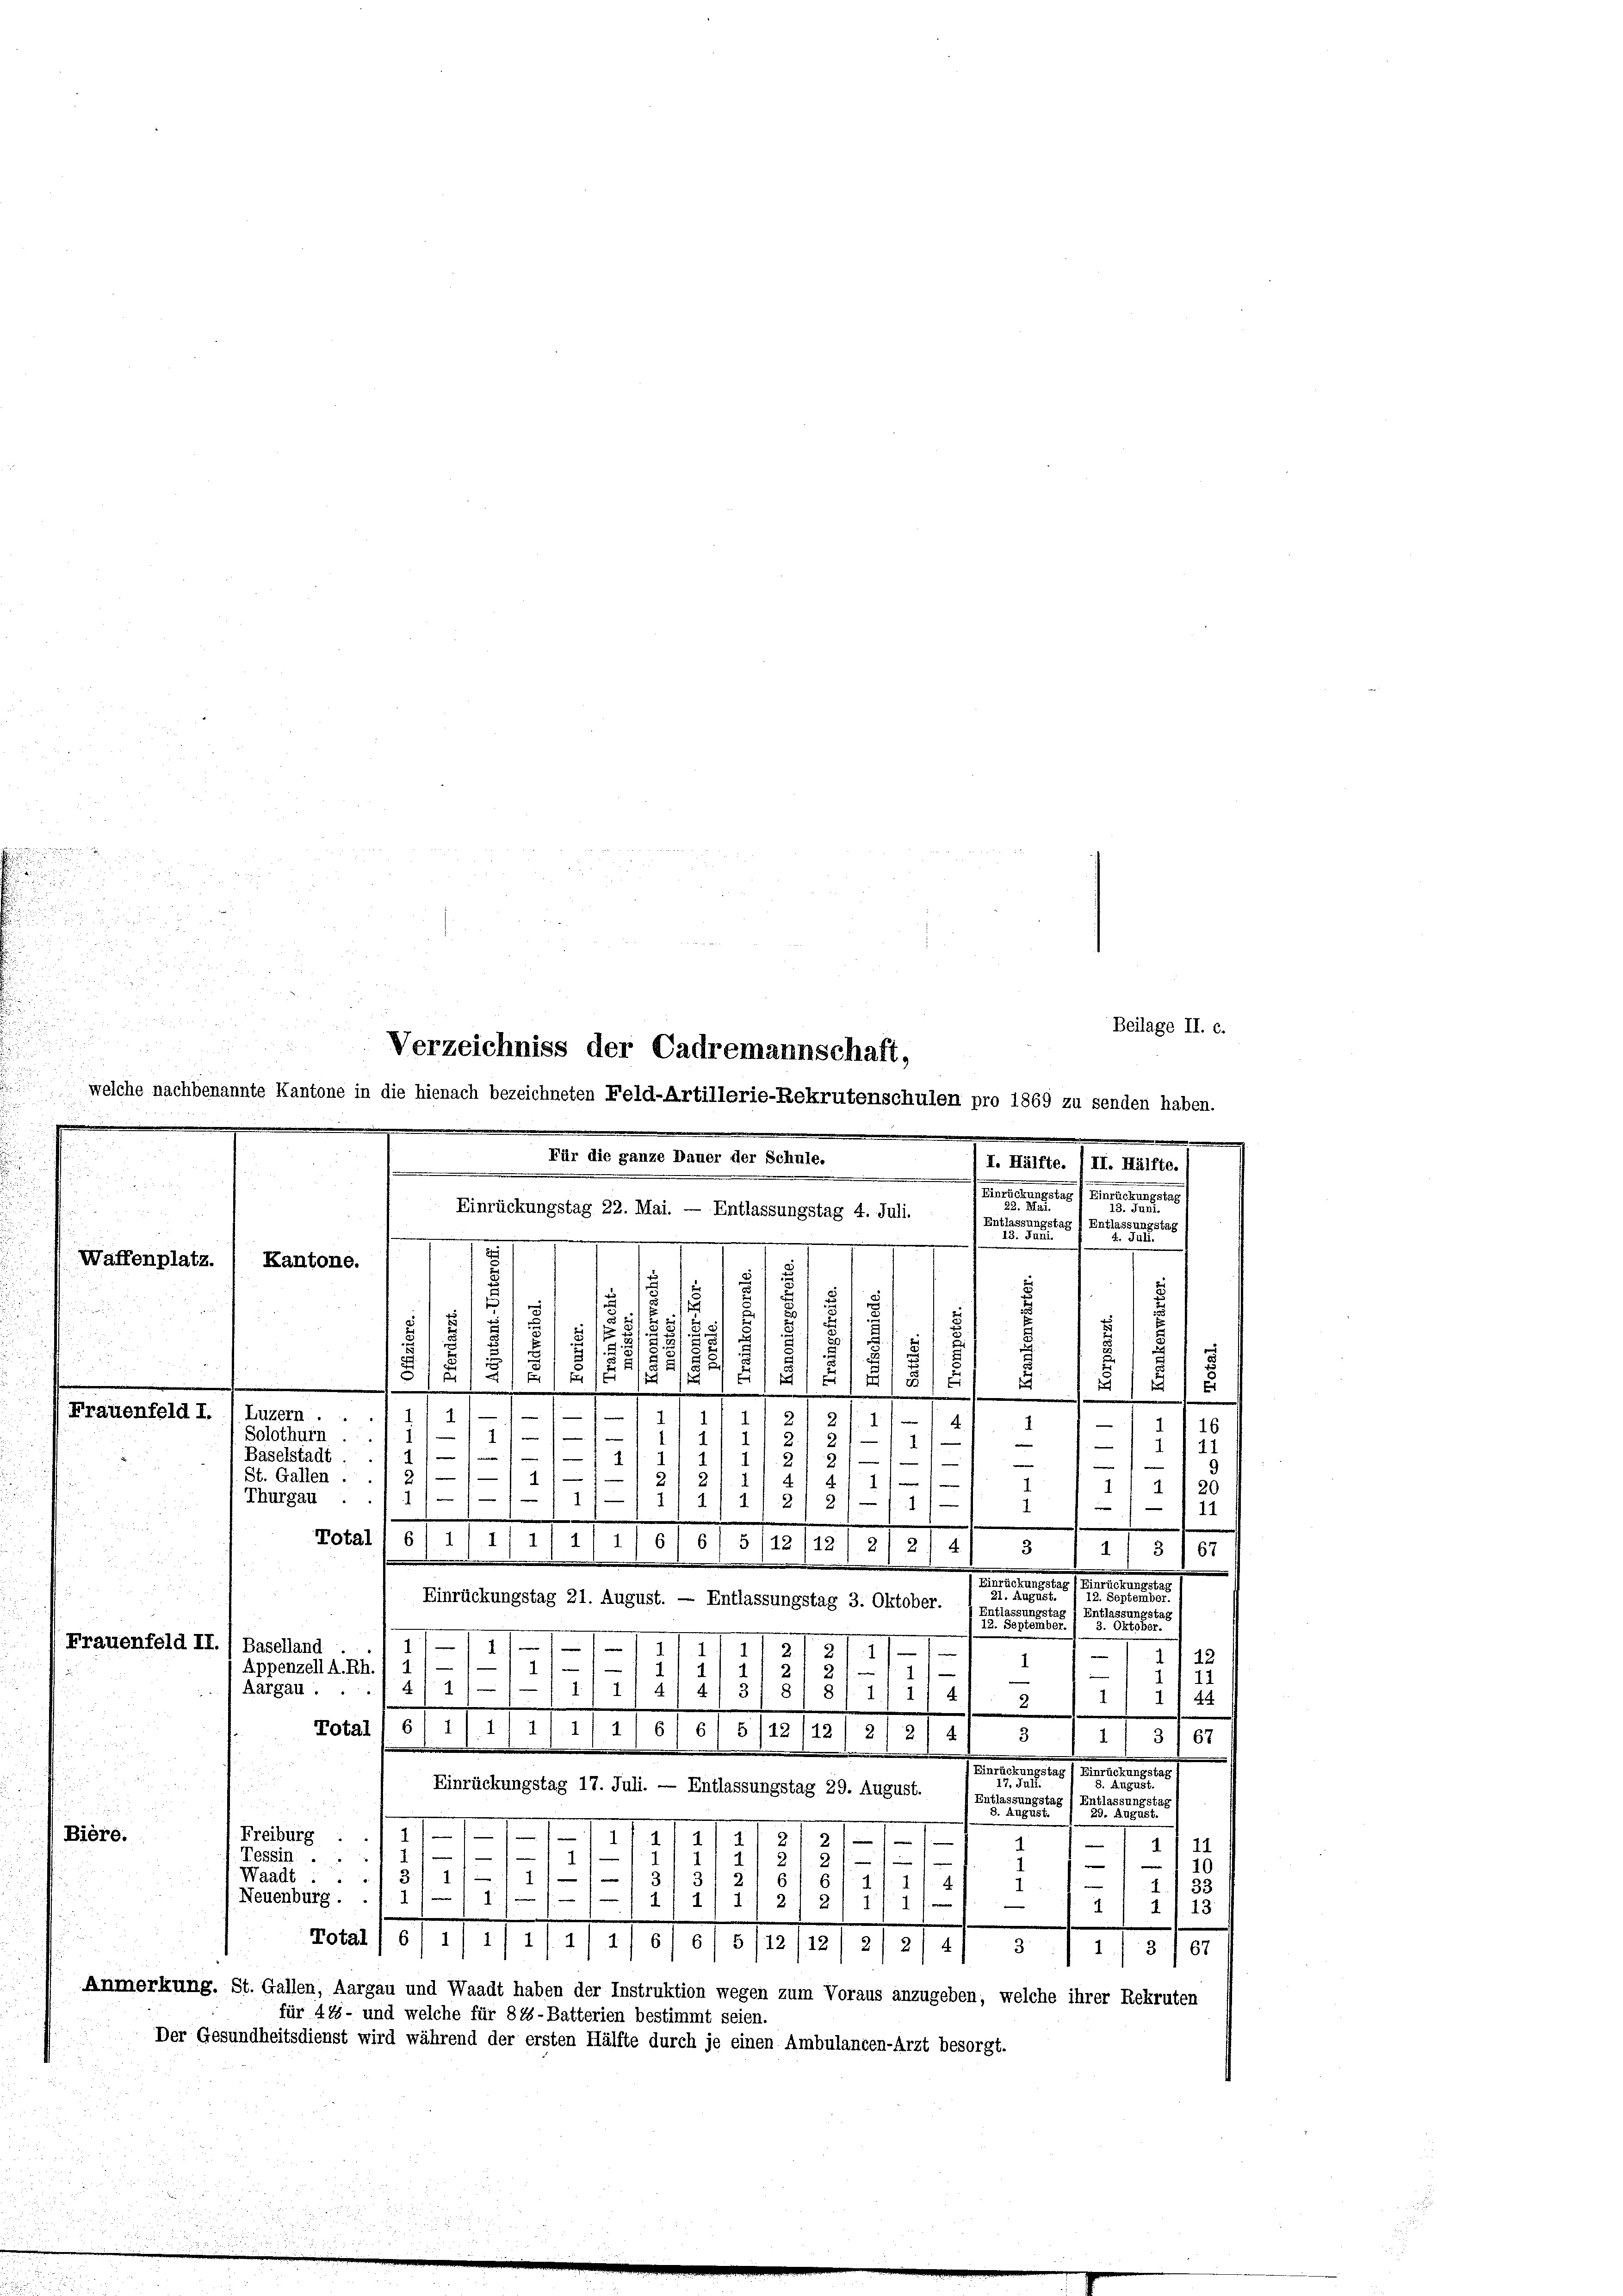
.
.
1
.
4
4
1/16
¬
m
 Solothurn.
E
e
4
—
2
2
u
.
Baselstadt.

1
e

2
St. Gallen .
111 2
1f
20
4
I
 Thurgau.
9
1
2)
f.1)
1
11
.
.
e
f
Totall 6) 1’ 1/ 1
1
1
6
6
5/12/12) 2) 214)
5
1
3 167
unteres
21.
Einrückungstag 21. August. — Entlassungstag 3. Oktober.
u
sungstag
 Ents
Entlassungstag
.
e
wegen
1
11
I.
1
1
1) 12
1
4.
4
1
Appenzell A.Rh.
e
e
II 11
1
4/1
Aargau.
41318
d.
1/1/4). 2) 1) 11 44
.
6
Total
1/ 1
2). 1
1
6
515/22/22/2/3/ 4/ 3 / 1/ 3/ 67

Partementen der eine

Einrückungstag 17. Juli. — Entlassungstag 29. August.
5) Entla
n

n
.
(Biere.
Freiburg . . 11—11—111117

d
11 11
2,
2
1
Tessin ...
e
—
2
10.
Waadt.
1
1
6/4/
.
1
33
Neuenburg . . 1 1/ 1/1
1
1.
21 211 f 1
—
213
d
Fotali 61 11 i/ 1/11 1/61 6/ 5122 112/ 2/21 4) 3
1 13. 167
Anmerkung. St. Gallen, Aargau und Waadt haben der Instruktion wegen zum Voraus anzugeben, welche ihrer Rekruten
für 488 - und welche für 815-Batterien bestimmt seien.
Der Gesundheitsdienst wird während der ersten Hälfte durch je einen Ambulancen-Arzt besorgt.

m
Waffenplatz.

Frauenfeld II.) Baselland

Frauenfeld I. / Luzern . . .

u
Beilage II. c.
Verzeichniss der Cadremannschaft,

e
I. Hälfte. /II. Hälfte.)
e
.

ungstag
En
stag 1 Entlassungstag s
r

23
.

.
e
Kantone.
e
e
s
.
1.
8
2
d
e
1
s
d
u
m
4
i
t
d
.

welche nachbenannte Kantone in die hienach bezeichneten Feld-Artillerie-Rekrutenschulen pro 1869 zu senden haben.
Für die ganze Dauer der Schule.
m
Einrückungstag 22. Mai. — Entlassungstag 4. Juli.